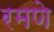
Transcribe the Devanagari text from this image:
रमणे